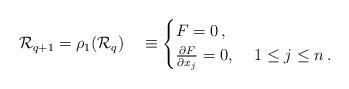
LaTeX: \begin{align*} \mathcal{R}_{q+1}=\rho_1(\mathcal{R}_q)\quad\equiv \begin{cases} F=0\,,\\ \frac{\partial F}{\partial x_j}=0, & \ 1\le j\le n\,. \end{cases}\end{align*}